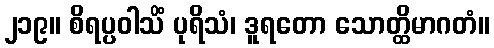
၂၁၉။ စိရပ္ပဝါသိံ ပုရိသံ၊ ဒူရတော သောတ္ထိမာဂတံ။